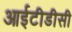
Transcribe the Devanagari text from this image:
आईटीडीसी